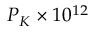
P _ { K } \times 1 0 ^ { 1 2 }